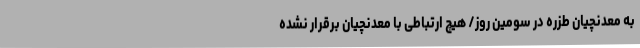
به معدنچیان طزره در سومین روز/ هیچ ارتباطی با معدنچیان برقرار نشده